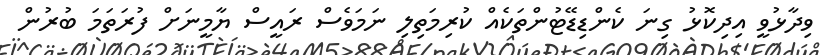
ވިދާޅުވީ އިދިކޮޅު ގިނަ ކެންޑިޑޭޓުންތަކެއް ކުރިމަތިލި ނަމަވެސް ރައީސް ޔާމީނަށް ފުރަތަމަ ބުރުން